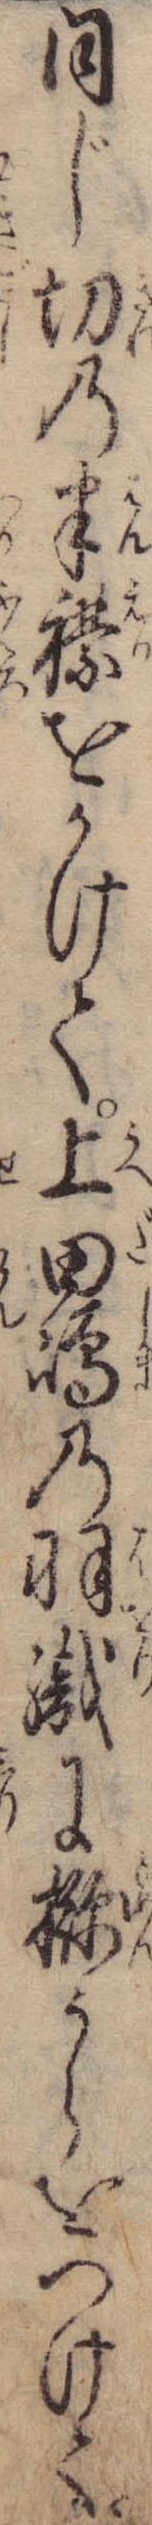
同じ切の半襟をかけて上田島の羽織にうらをつけて